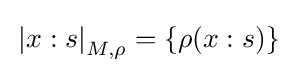
\mathrm {} \left\vert {x:s}\right\vert _{M,\rho }={\{\rho (x:s)}\}